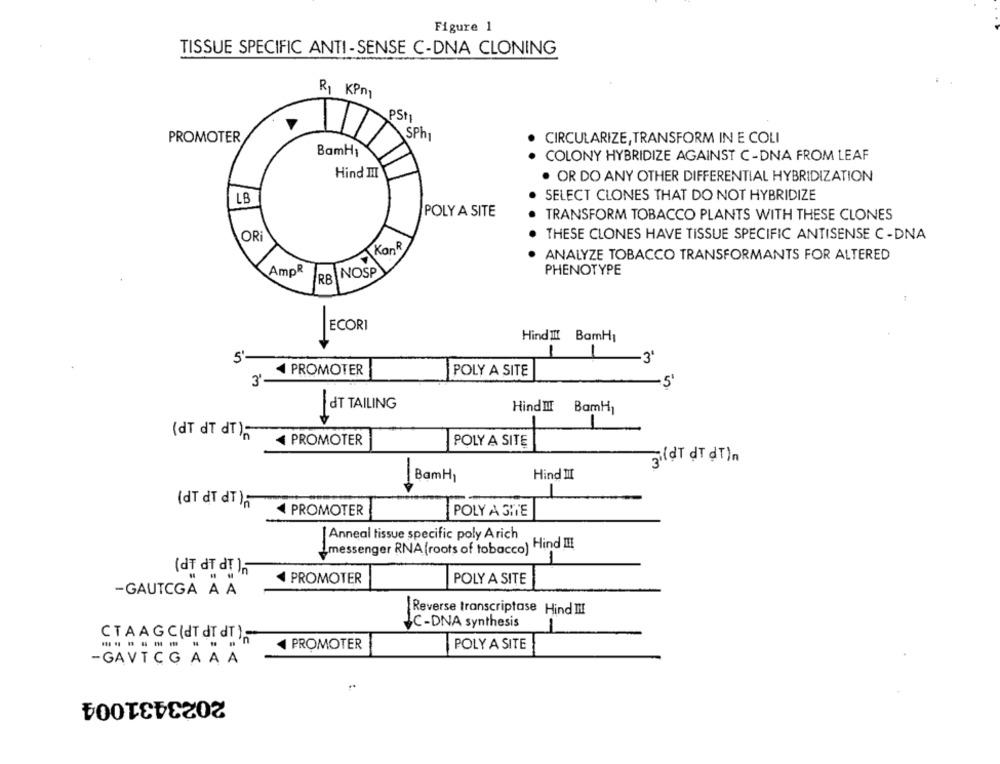
Figure 1
TISSUE SPECIFIC ANTI -SENSE C-DNA CLONING
Rı KPn
PS+1
Sph
PROMOTER
CIRCULARIZE, TRANSFORM IN E COLI
BamHı
COLONY HYBRIDIZE AGAINST C-DNA FROM LEAF
Hind HI
. OR DO ANY OTHER DIFFERENTIAL HYBRIDIZATION
LB
SELECT CLONES THAT DO NOT HYBRIDIZE
POLY A SITE
TRANSFORM TOBACCO PLANTS WITH THESE CLONES
OR
THESE CLONES HAVE TISSUE SPECIFIC ANTISENSE C -DNA
KanR
ANALYZE TOBACCO TRANSFORMANTS FOR ALTERED
AmpR
NOSP
PHENOTYPE
RB
ECORI
Hind Il! BamHı
-
1
3'
PROMOTER
POLY A SITE
3'-
dT TAILING
Hind !! BamH
(dT dT dT);
PROMOTER
POLY A SITE
3.(dt dTdTin
10
BamH]
Hind III
(dT dt dT ),
4 PROMOTER
POLY A SITE
| Anneal tissue specific poly Arich
Lmessenger RNA (roots of tobacco) Hind I !!
(df df d! ),
PROMOTER
POLY A SITE
-GAUTCGA A A
Reverse transcriptase Hind IN!
JC-DNA synthesis
CTAAGC(dTdT dT );
------
PROMOTER
POLY A SITE
-GAVTCG AAA
2023431004